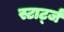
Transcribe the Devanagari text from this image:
स्टार्ट्ज